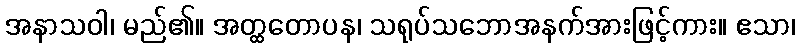
အနာသဝါ၊ မည်၏။ အတ္ထတောပန၊ သရုပ်သဘောအနက်အားဖြင့်ကား။ ဧသာ၊